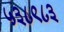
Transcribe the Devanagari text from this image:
५३८९८३